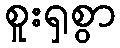
စူးရှစွာ